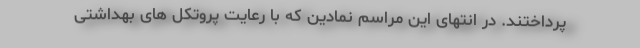
پرداختند. در انتهای این مراسم نمادین که با رعایت پروتکل های بهداشتی